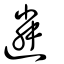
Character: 遴